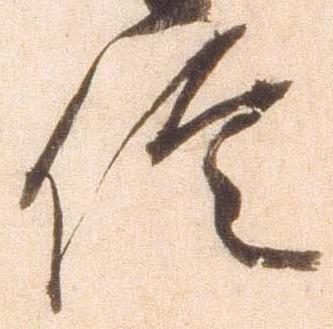
信